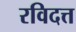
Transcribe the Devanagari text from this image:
रविदत्त